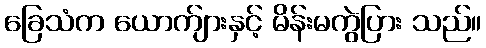
ခြေသံက ယောက်ျားနှင့် မိန်းမကွဲပြား သည်။